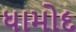
ધામોદ